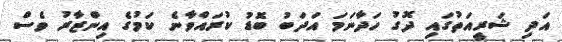
އަދި ޝަރީއަތުގައި ދޮގު ހަދާނަމަ އަދަބު ބޮޑު ކުރައްވާނެ ކަމުގެ އިންޒާރު ވެސް